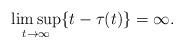
LaTeX: \begin{align*} \limsup_{t\to\infty} \{t-\tau(t)\}=\infty.\end{align*}